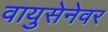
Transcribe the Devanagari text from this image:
वायुसेनेवर